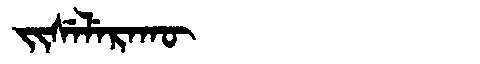
Manchu: ᠵᡳᠰᡝᠯᡝᡵᠠᡴᡡ
Romanization: JISELERAKŪ